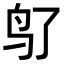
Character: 𬷽